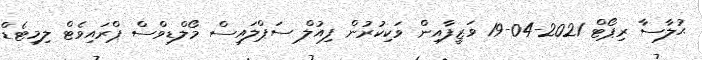
ޙުލާސާ ރިޕޯޓް 2021-04-19 ވަޒީފާއިން ވަކިކުރުން ފިއުލް ސަޕްލައިސް މޯލްޑިވްސް ޕްރައިވެޓް ލިމިޓެޑް